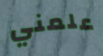
علمني